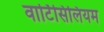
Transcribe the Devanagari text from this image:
वार्टिसिलियम